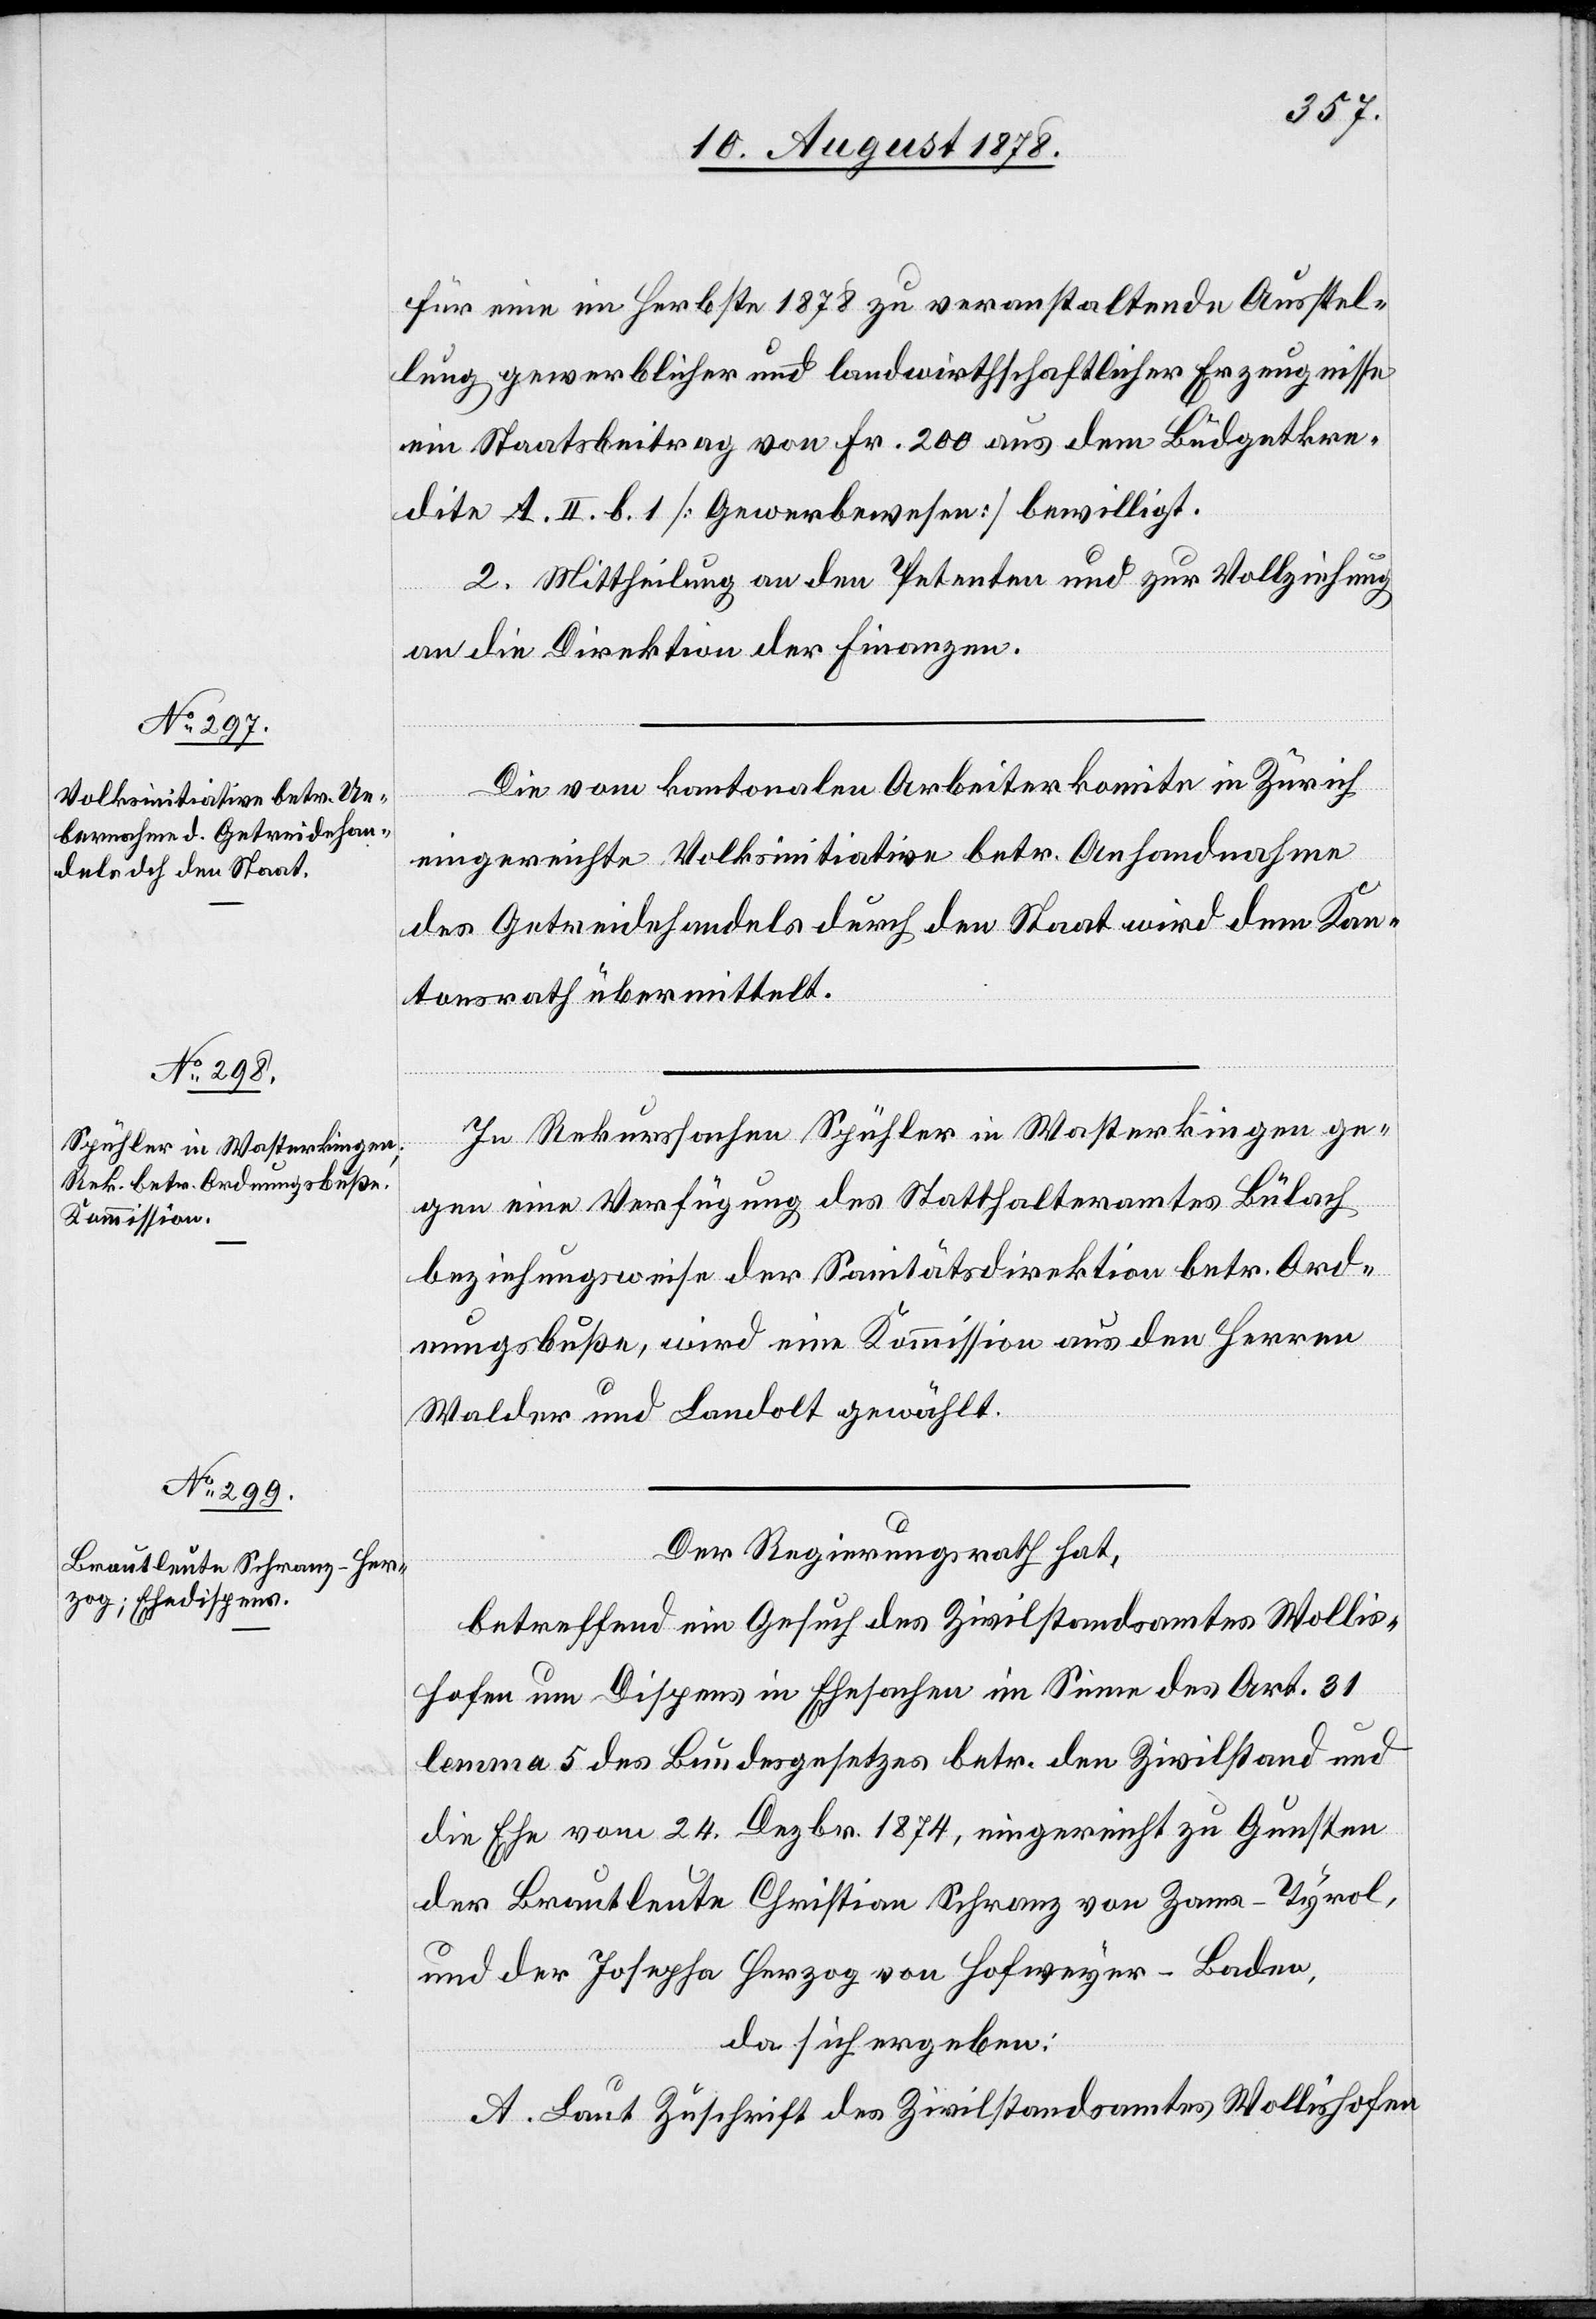
für eine im Herbste 1878 zu veranstaltende Ausstel¬
lung gewerblicher und landwirthschaftlicher Erzeugnisse
ein Staatsbeitrag von Fr. 200 aus dem Büdgetkre¬
dite A. II. b. 1 [Gewerbewesen] bewilligt.
2. Mittheilung an den Petenten und zur Vollziehung
an die Direktion der Finanzen.
Die vom kantonalen Arbeiterkomite in Zürich
eingereichte Volksinitiative betr. Anhandnahme
des Getreidehandels durch den Staat wird dem Kan¬
tonsrath übermittelt.
In Rekurssachen Spühler in Wasterkingen ge¬
gen eine Verfügung des Statthalteramtes Bülach
beziehungsweise der Sanitätsdirektion betr. Ord¬
nungsbuße, wird eine Kommission aus den Herren
Walder und Landolt gewählt.
Der Regierungsrath hat,
betreffend ein Gesuch des Zivilstandsamtes Wollis¬
hofen um Dispens in Ehesachen im Sinne des Art. 31
lemma 5 des Bundesgesetzes betr. den Zivilstand und
die Ehe vom 24. Dezbr. 1874, eingereicht zu Gunsten
der Brautleute Christian Schranz von Zama - Tyrol,
und der Josepha Herzog von Hofweyer - Baden,
da sich ergeben:
A. Laut Zuschrift des Zivilstandsamtes Wollishofen